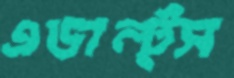
এডাল্ট্স